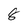
Character: 8